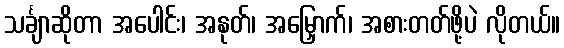
သင်္ချာဆိုတာ အပေါင်း၊ အနုတ်၊ အမြှောက်၊ အစားတတ်ဖို့ပဲ လိုတယ်။